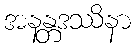
အနန္တဒဿိနာ